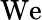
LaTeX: \mathrm{We}